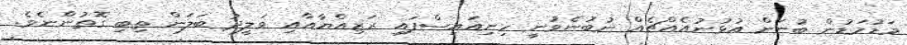
މަޑުމަޑުން ބުނަން އުޅުނުއެއްޗެއް ނުބުނެވުނީ ހިނިއައިސްފައި ރަޒިއްޔާއާއި ވަލީދު ބަލަން ތިބި ގޮތުންނެވެ.